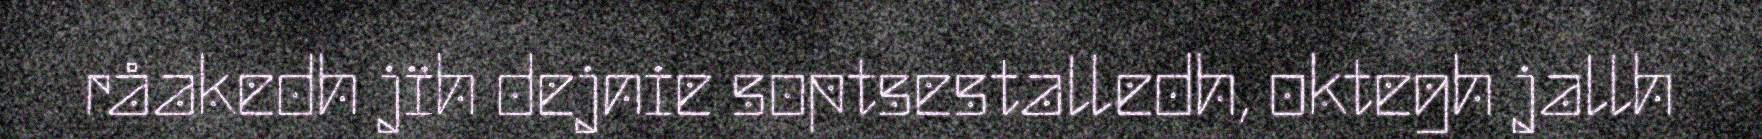
råakedh jïh dejnie soptsestalledh, oktegh jallh